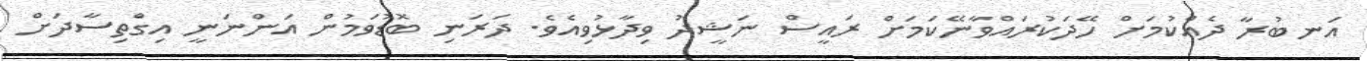
އަނބުރާ ދެއްކުމަށް ހޭދަކުރައްވާނޭކަމަށް ރައީސް ނަޝީދު ވިދާޅުވިއެވެ. ދަރަނި ބޮޑުވަމުން އަންނަނީ އިގްތިސާދަށް